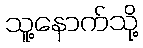
သူ့နောက်သို့